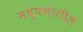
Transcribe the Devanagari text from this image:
मध्यभागील